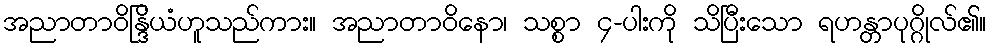
အညာတာဝိန္ဒြိယံဟူသည်ကား။ အညာတာဝိနော၊ သစ္စာ ၄-ပါးကို သိပြီးသော ရဟန္တာပုဂ္ဂိုလ်၏။